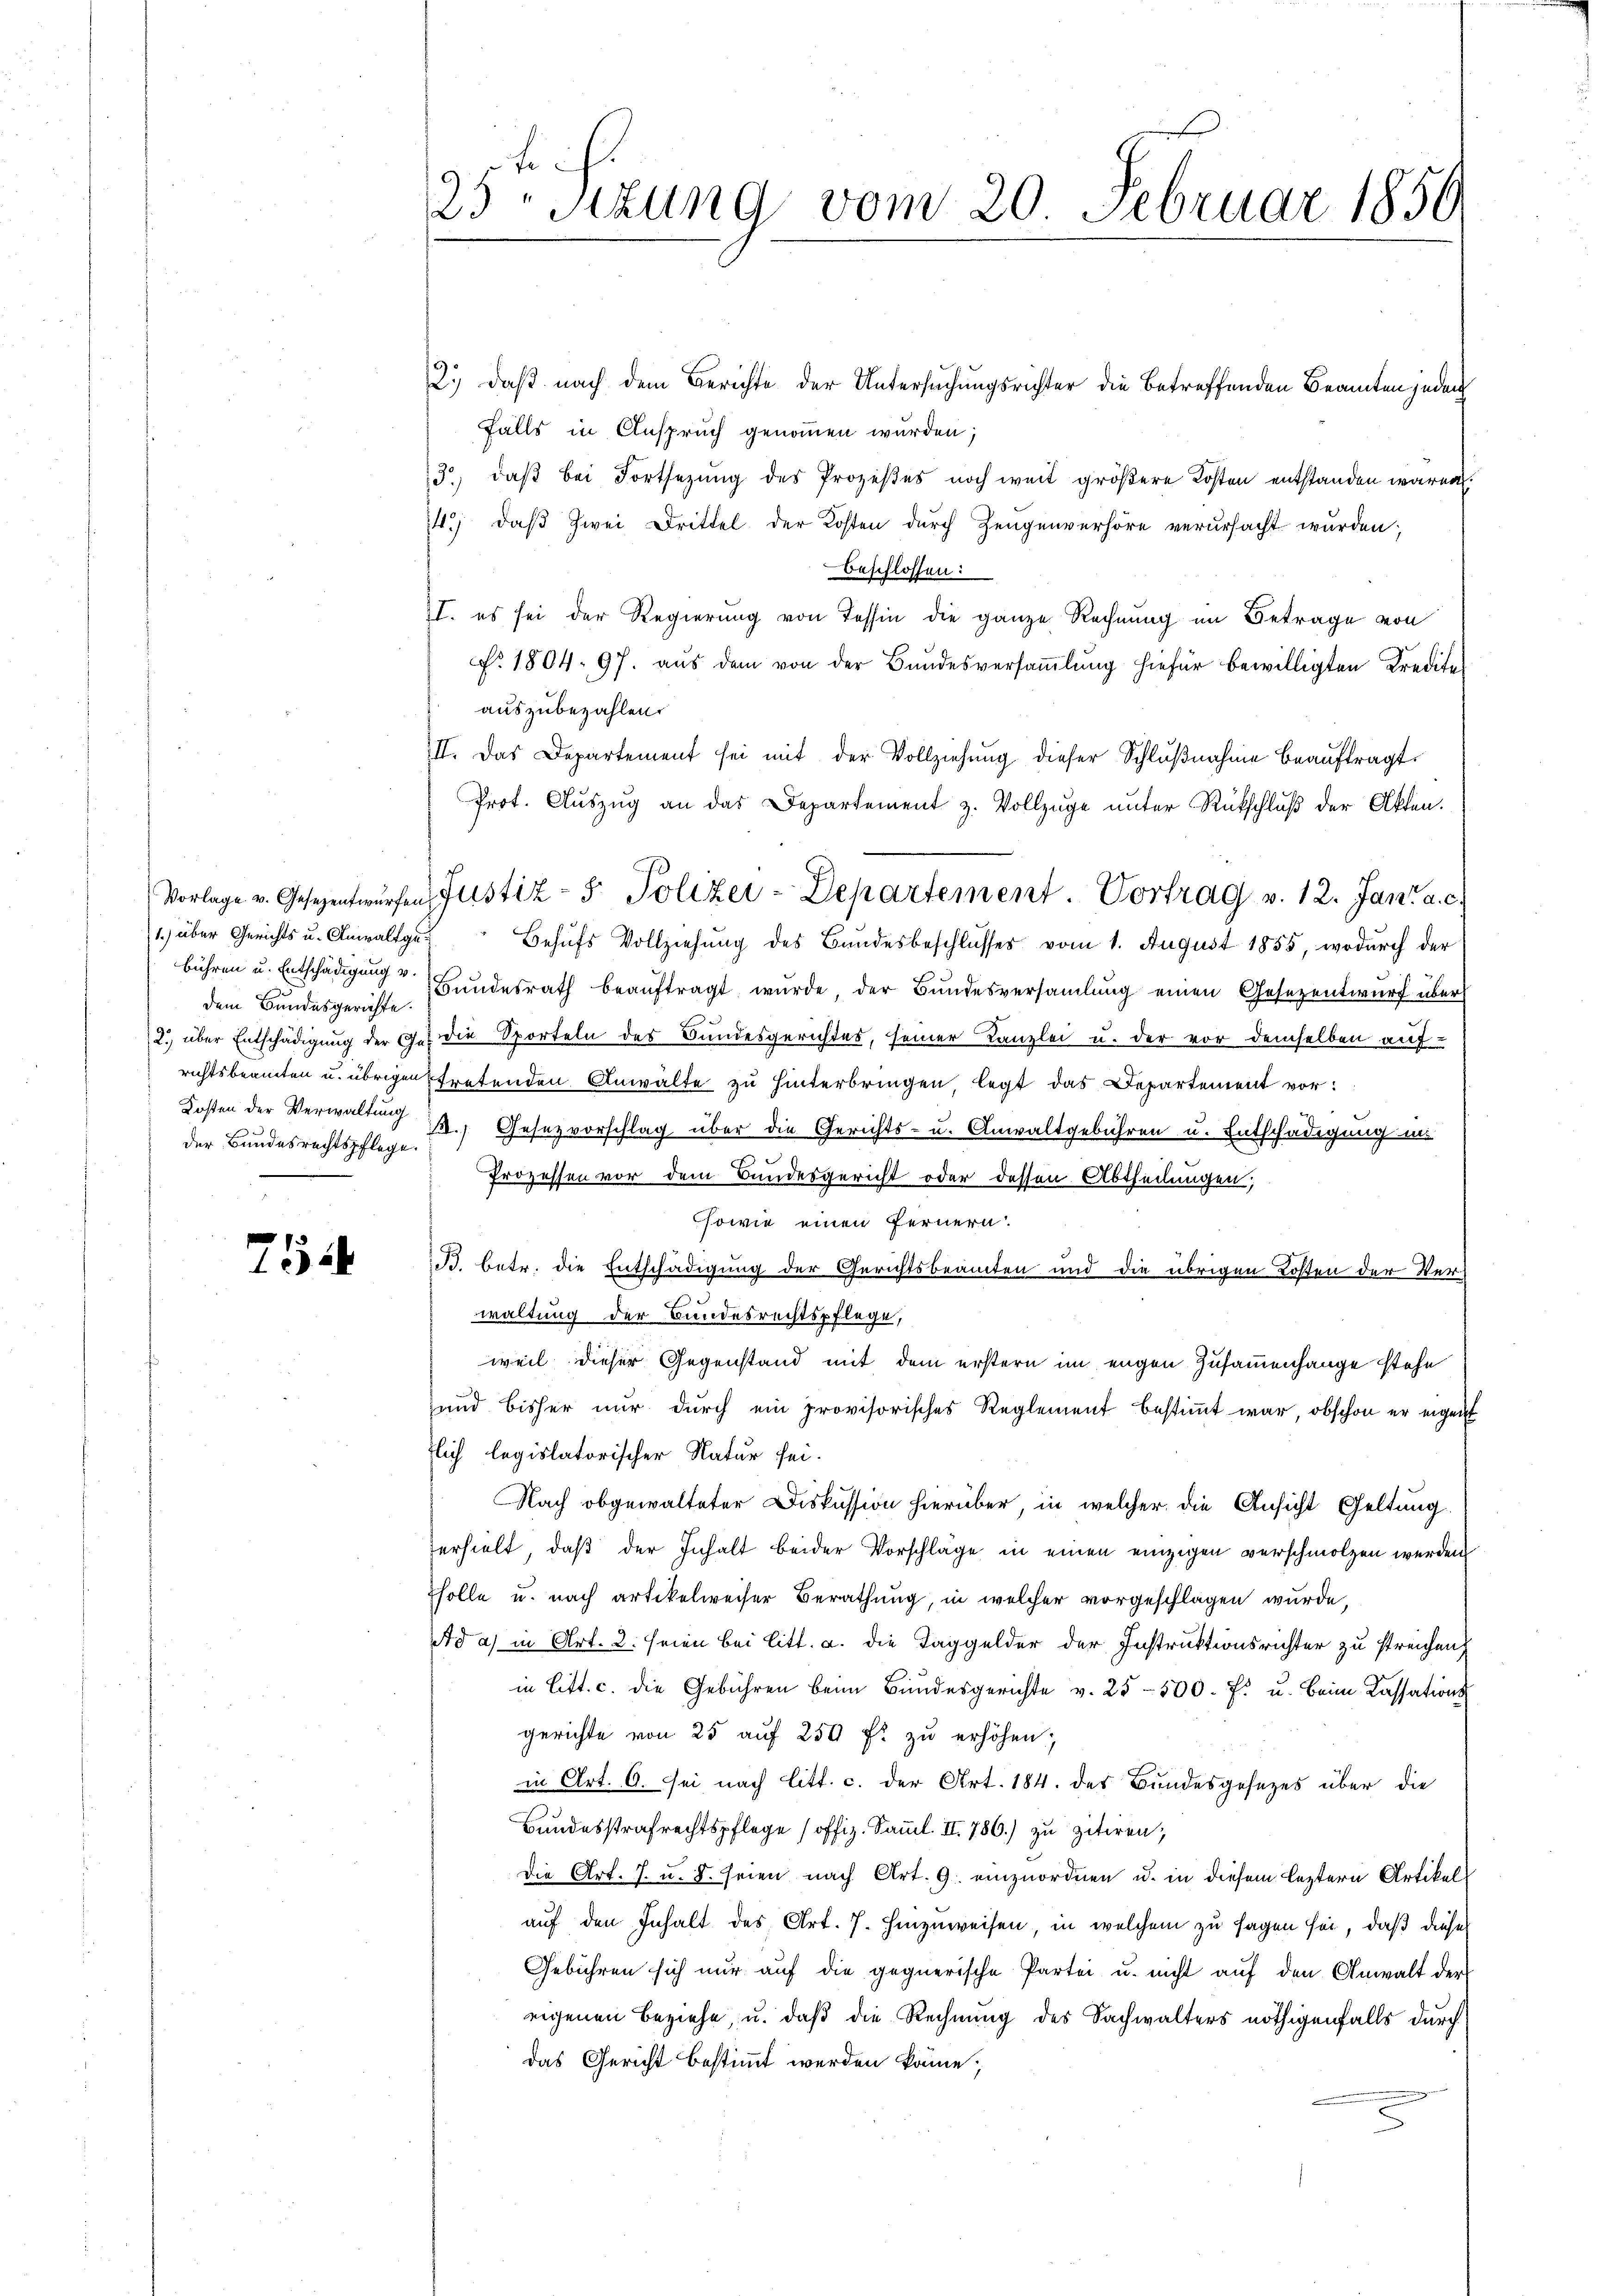
1.) über Gerichts u. Anwaltgedem Bundesgerichte.
Kosten der Verwaltung

e

25ten Sizung vom 20. Februar 1850

2.) daß nach dem Berichte der Untersuchungsrichter die betreffenden Beamten jeden
falls in Anspruch genommen wurden;
3) daß bei Fortsezung des Prozeßes noch weit größere Kosten entstanden wären.
14.) daß zwei Drittel der Kosten durch Zeugenverhöre verursacht wurden;
beschlossen:
II. es sei der Regierung von Tessin die ganze Rechnung im Betrage von
No. 1804. 97. aus dem von der Bundesversaṁlŭng hiefür bewilligten Kredites
auszubezahlen.
III. Das Departement sei mit der Vollziehŭng dieser Schlŭβnahme beaŭftragt.
Prot. Auszug an das Departement z. Vollzuge unter Rückschluß der Akten.
Behufs Vollziehung des Bundesbeschlusses vom 1. August 1855, wodurch der
bühren u. Entschädigŭng u Bŭndesrath beaŭftragt wŭrde, der Bŭndesversaṁlŭng einen Gesezentwŭrf über
3 über Entschädigŭng der Get die Sporteln des Bundesgerichtes, seiner Kanzlei u. der vor demselben auf
richtsbeamten u. übrigen tretenden Anwälte zu hinterbringen, legt das Departement vor:
der Bundesrechtspflege Gesezvorschlag über die Gerichts- u. Anwaltgebühren u. Entschädigung in
d
Prozessen vor dem Bundesgericht oder dessen Abtheilungen;
sowie einen Fernern.
B. betr. die Entschädigung der Gerichtsbeamten und die übrigen Kosten der Ver-
3
waltung der Bundesrechtspflege,
weil dieser Gegenstand mit dem erstern im engen Zusammenhange stehe
und bisher nŭr dŭrch ein provisorisches Reglement bestiṁt war, obschon er eigen
tlich legislatorischer Natur sei.
Nach obgewalteter Diskussion hierüber, in welcher die Ansicht Geltung
erhielt, daß der Inhalt beider Vorschläge in einen einzigen verschmolzen werden
Tholle u. nach artikelweiser Berathung, in welcher vorgeschlagen wurde,
Ad a) in Art. 2. Frien bei Litt. a. die Taggelder der Instruktionsrichter zu streichen
in litt. c. die Gebühren beim Bundesgerichte v. 25500. f. u. beim Cassations
gerichte von 25 auf 250 fr zu erhöhen;
in Art. 6. sei nach Litt. c. der Art. 184. der Bundesgesezes über die
Bundesstrafrechtspflege (offiz. Samml. II. 786.) zu zitiren;
Die Art. 7. u. 8. seien nach Art. 9. einzuordnen u. in diesem leztern Artikelauf den Inhalt des Art. 7. hinzuweisen, in welchem zu sagen sei, daß dieser
Gebühren sich nur auf die gegnerische Partei u. nicht auf den Anwalt der
eigenen Beziehe, u. daß die Rechnung des Sachwalters nöthigenfalls durch
das Gericht bestimmt werden könne;

Vorlage v. Gesezentwürfen Justiz- & Polizei-Departement. Vortrag v. 12. Jan a. c.